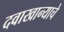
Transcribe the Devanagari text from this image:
दवाखान्याचे